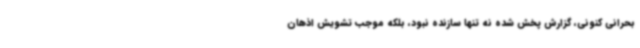
بحرانی کنونی، گزارش پخش شده نه تنها سازنده نبود، بلکه موجب تشویش اذهان